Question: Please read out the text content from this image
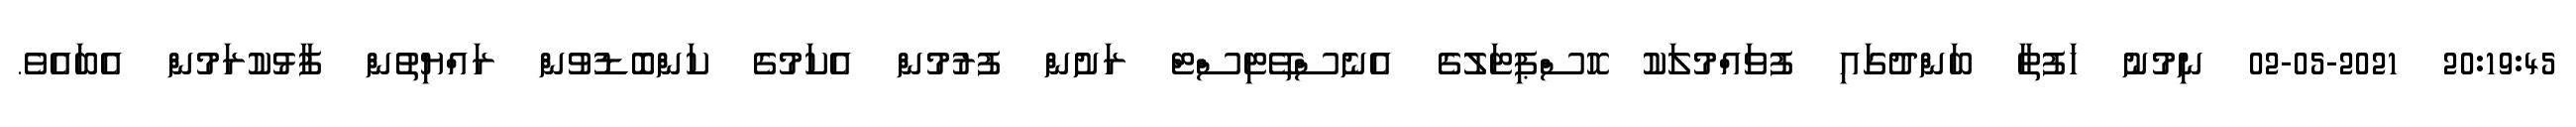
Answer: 20:19:45 02-05-2021 ނިމުނު ހަފުތާ ބަންދުގައި ފުވައްމުލަކު ހޮސްޕިޓަލުގެ އެނެސްތޭޓިސްޓް ރަށުން ފުރުމުން އެކަމުގެ ކަންބޮޑުވުން ރައްޔިތުން ފާޅުކުރަމުން އެބައެވެ.